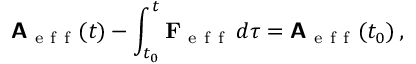
\boldsymbol { \mathsf { A } } _ { \mathrm { ~ e ~ f ~ f ~ } } ( t ) - \int _ { t _ { 0 } } ^ { t } \mathbf { F } _ { \mathrm { ~ e ~ f ~ f ~ } } \, d \tau = \boldsymbol { \mathsf { A } } _ { \mathrm { ~ e ~ f ~ f ~ } } ( t _ { 0 } ) \, ,